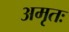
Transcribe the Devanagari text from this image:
अमृतः